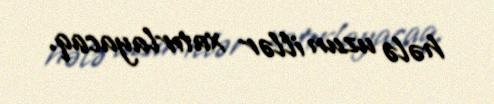
hələ uzun illər xatırlayacaq.